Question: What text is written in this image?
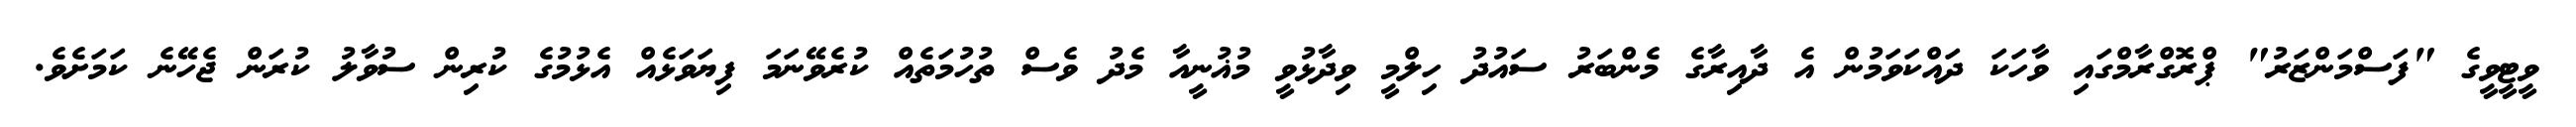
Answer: ވީޓީވީގެ "ފަސްމަންޒަރު" ޕްރޮގްރާމްގައި ވާހަކަ ދައްކަވަމުން އެ ދާއިރާގެ މެންބަރު ސައުދު ހިލްމީ ވިދާޅުވީ މުޣުނީއާ މެދު ވެސް ތުހުމަތެއް ކުރެވޭނަމަ ފިޔަވަޅެއް އެޅުމުގެ ކުރިން ސުވާލު ކުރަން ޖެހޭނެ ކަމަށެވެ.